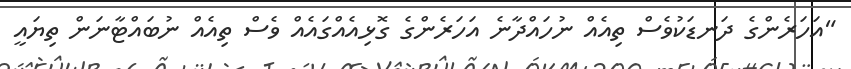
"އަހަރެންގެ ދަނޑަކުވެސް ތިއެއް ނުހައްދާނެ އަހަރެންގެ ގޮޅިއެއްގައެއް ވެސް ތިއެއް ނުބައްޓާނަން ތިޔައީ